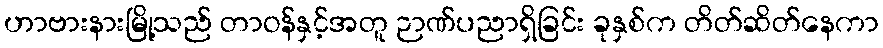
ဟာဗားနားမြို့သည် တာဝန်နှင့်အတူ ဉာဏ်ပညာရှိခြင်း ခုနှစ်က တိတ်ဆိတ်နေကာ